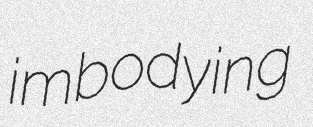
imbodying